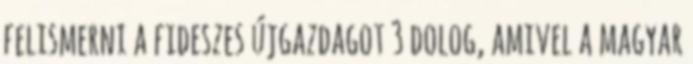
felismerni a fideszes újgazdagot 3 dolog, amivel a magyar